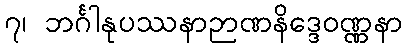
၇၊ ဘင်္ဂါနုပဿနာဉာဏနိဒ္ဒေဝဏ္ဏနာ